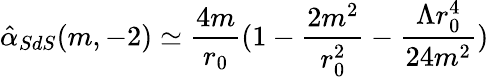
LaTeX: {\hat{\alpha}_{SdS}}(m,-2)\simeq\frac{4m}{r_{0}}(1-\frac{2m^{2}}{r_{0}^{2}}-\frac{\Lambda r_{0}^{4}}{24m^{2}})